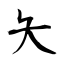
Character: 夨